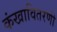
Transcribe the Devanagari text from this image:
कंखावितरणी